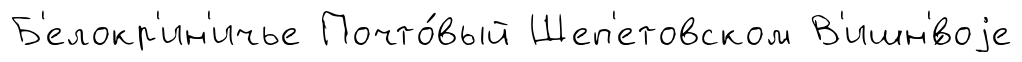
Б'елокр'ин'ичье Почто́вый Шеп'етовском В'ишн'́воjе